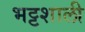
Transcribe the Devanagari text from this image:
भट्टशाली